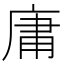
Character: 庸